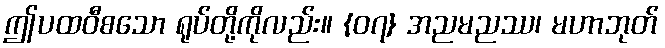
ဤပထဝီစသော ရုပ်တို့ကိုလည်း။ {၀၇} အညမညဿ၊ မဟာဘုတ်